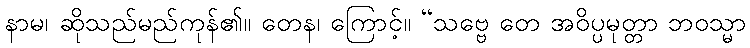
နာမ၊ ဆိုသည်မည်ကုန်၏။ တေန၊ ကြောင့်။ “သဗ္ဗေ တေ အဝိပ္ပမုတ္တာ ဘဝသ္မာ